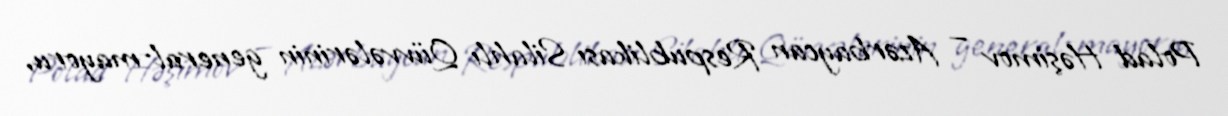
Polad Həşimov — Azərbaycan Respublikası Silahlı Qüvvələrinin general-mayoru,